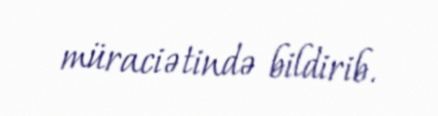
müraciətində bildirib.